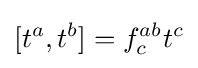
[t^{a},t^{b}]=f_{c}^{ab}t^{c}